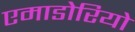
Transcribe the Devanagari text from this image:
एमाडोरियो